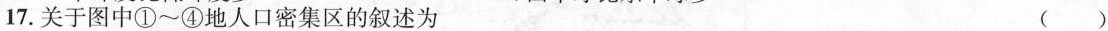
17. 关于图中①～④地人口密集区的叙述为 ()